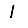
Digit: 1